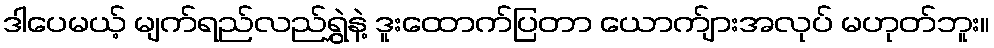
ဒါပေမယ့် မျက်ရည်လည်ရွှဲနဲ့ ဒူးထောက်ပြတာ ယောက်ျားအလုပ် မဟုတ်ဘူး။